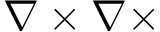
\nabla \times \nabla \times